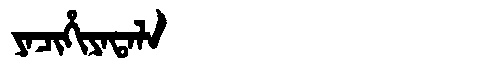
Manchu: ᠶᠠᠴᡳᡥᡳᠶᠠᡨᠠᠯᠠ
Romanization: YACIHIYATALA